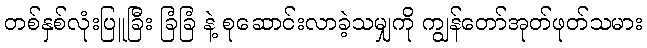
တစ်နှစ်လုံးပြူခြီး ခြံခြံ နဲ့ စုဆောင်းလာခဲ့သမျှကို ကျွန်တော်အုတ်ဖုတ်သမား